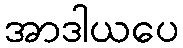
အာဒါယပေ